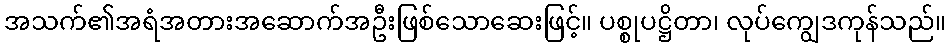
အသက်၏အရံအတားအဆောက်အဦးဖြစ်သောဆေးဖြင့်။ ပစ္စုပဋ္ဌိတာ၊ လုပ်ကျွေဒကုန်သည်။